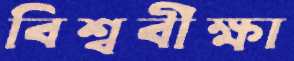
বিশ্ববীক্ষা